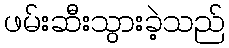
ဖမ်းဆီးသွားခဲ့သည်